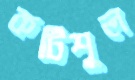
কটিশূল